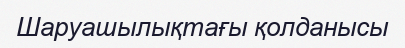
Шаруашылықтағы қолданысы